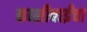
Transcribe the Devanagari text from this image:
काशीबाईंचा